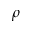
\rho